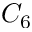
C _ { 6 }